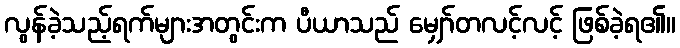
လွန်ခဲ့သည့်ရက်များအတွင်းက ပီယာသည် မျှော်တလင့်လင့် ဖြစ်ခဲ့ရ၏။